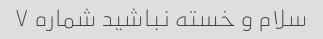
سلام و خسته نباشید شماره ۷